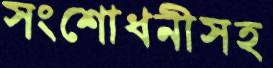
সংশোধনীসহ